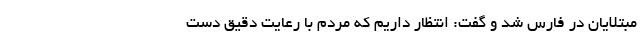
مبتلایان در فارس شد و گفت: انتظار داریم که مردم با رعایت دقیق دست